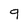
Character: 9